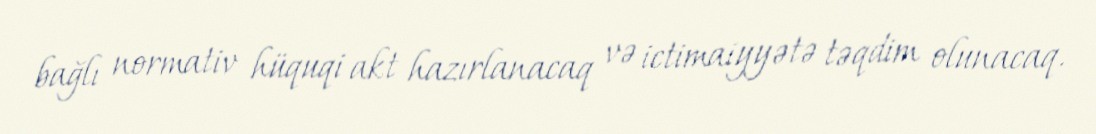
bağlı normativ hüquqi akt hazırlanacaq və ictimaiyyətə təqdim olunacaq.